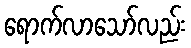
ရောက်လာသော်လည်း